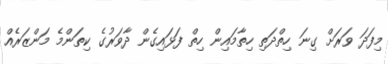
މިފަދަ ވަރަށް ގިނަ ހިތްދަތި ހިތާމައިން ހިތް ފަޅައިގެން ދާވަރުގެ ކިތަންމެ މަންޒަރެއް